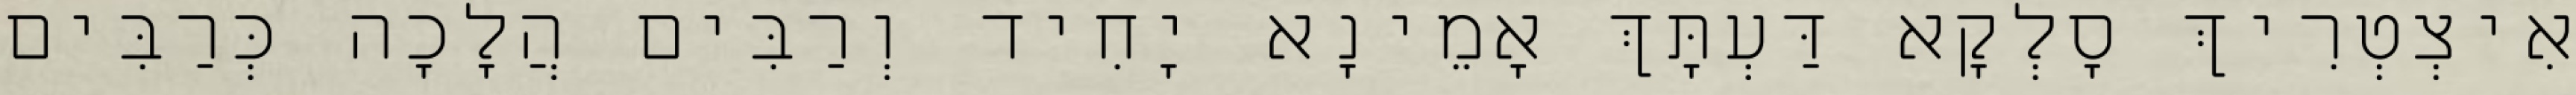
אִיצְטְרִיךְ סָלְקָא דַּעְתָּךְ אָמֵינָא יָחִיד וְרַבִּים הֲלָכָה כְּרַבִּים